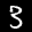
Label: 3